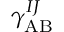
\gamma _ { \mathrm { A B } } ^ { I J }